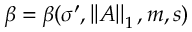
\beta = \beta ( \sigma ^ { \prime } , \left| \left| A \right| \right| _ { 1 } , m , s )